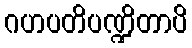
ဂဟပတိပဏ္ဍိတာပိ